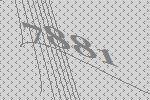
7881